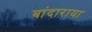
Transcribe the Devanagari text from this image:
बांदाराया